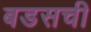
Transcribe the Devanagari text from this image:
बडसची